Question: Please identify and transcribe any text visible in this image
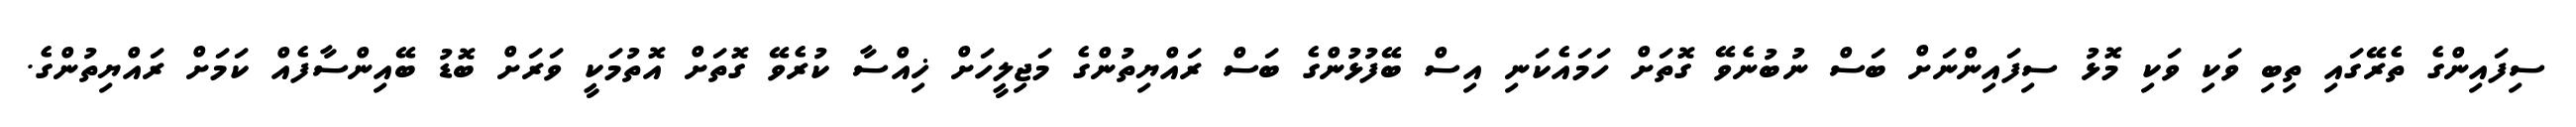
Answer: ސިފައިންގެ ތެރޭގައި ތިބި ވަކި ވަކި މޮޅު ސިފައިންނަށް ބަސް ނުބުނެވޭ ގޮތަށް ހަމައެކަނި އިސް ބޭފުޅުންގެ ބަސް ރައްޔިތުންގެ މަޖިލީހަށް ޚިއްސާ ކުރެވޭ ގޮތަށް އޮތުމަކީ ވަރަށް ބޮޑު ބޭއިންސާފެއް ކަމަށް ރައްޔިތުންގެ.